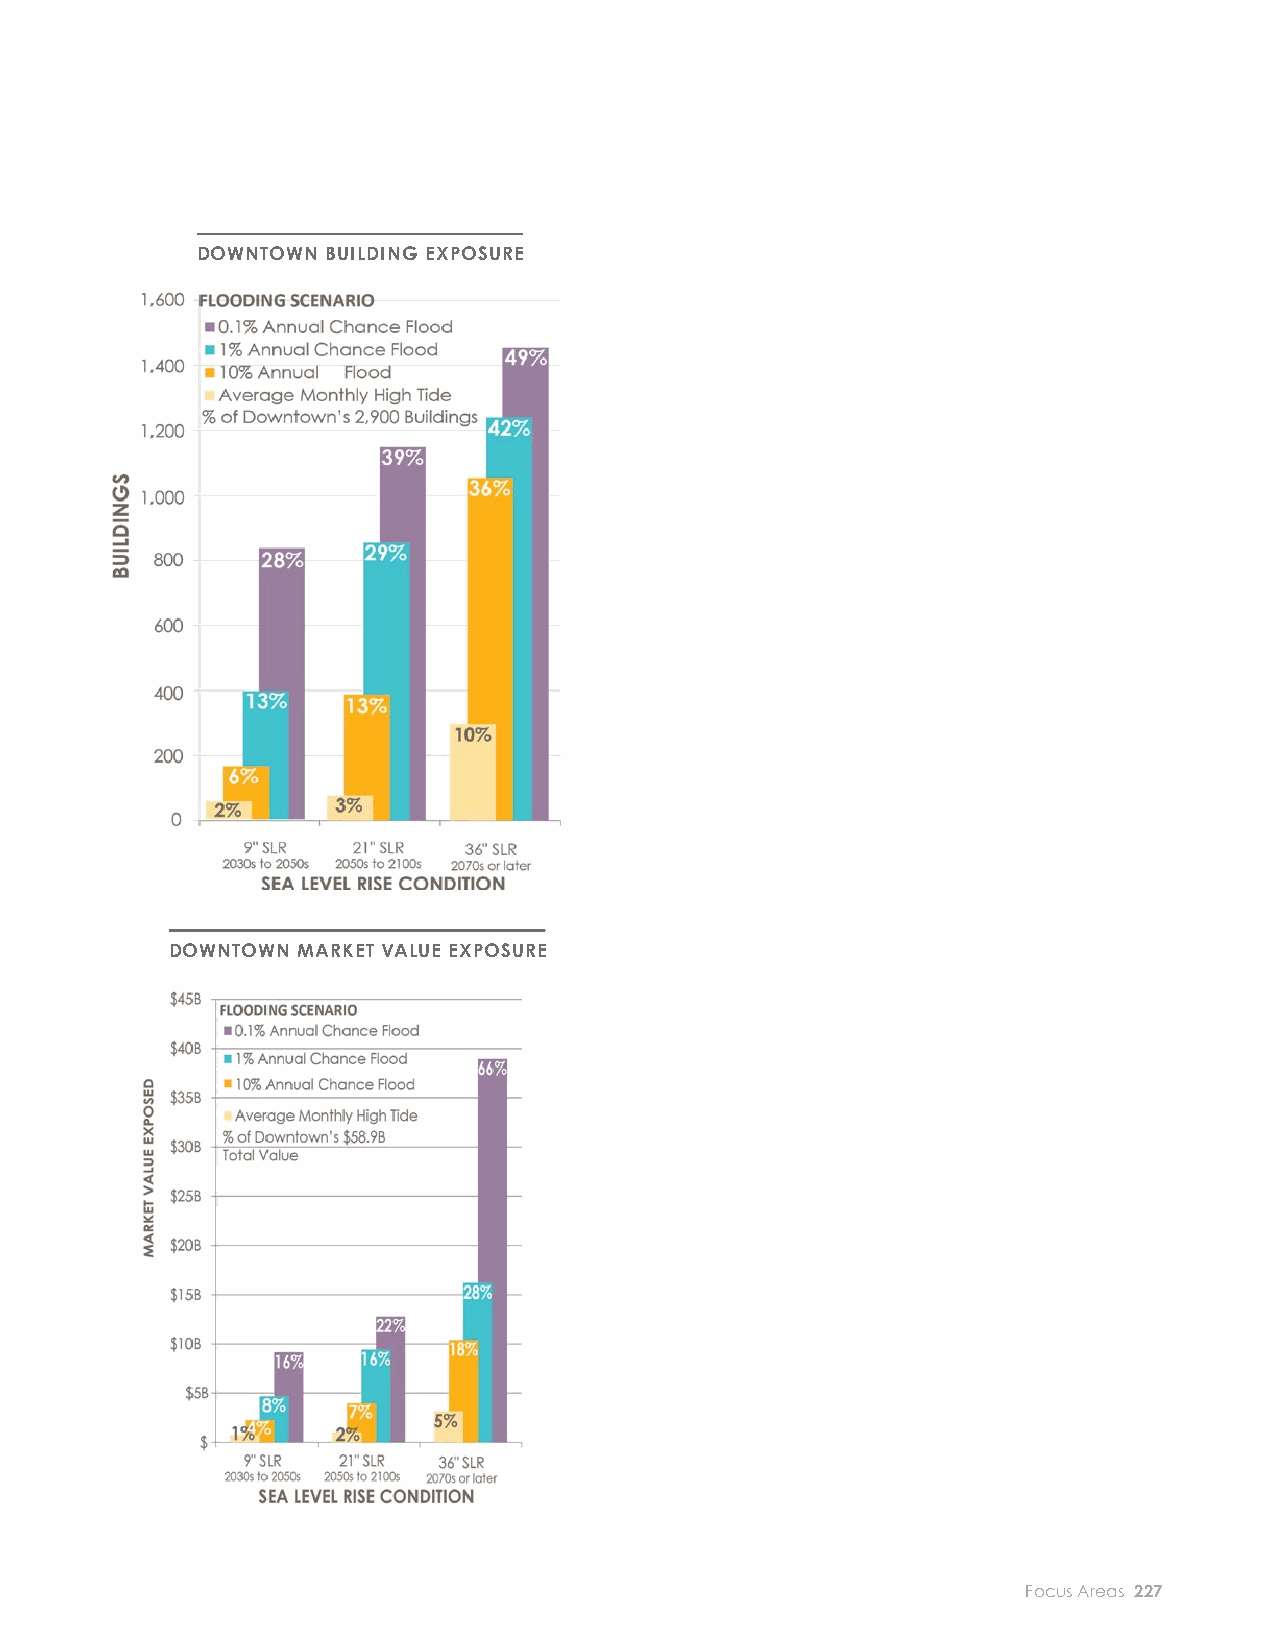
EXPOSURE AND CONSEQUENCES
 BUILDINGS AND ECONOMY
 RISK TO BUILDINGS South Boston for the same event. Downtown has DOWNTOWN BUILDING EXPOSURE
 390 structures exposed to fl ooding during a low-
 In the near term, Downtown is expected to have
 probability fl ood event (1 percent annual chance),
 approximately 60 structures exposed to fl ooding
 behind only East Boston and South Boston.
 during monthly high tides—the largest number
 of exposed structures, ahead of Charlestown and In the late century, Downtown is expected to have
 East Boston. Downtown has more than double 300 structures exposed during monthly high tides,
 the current real estate market value exposed to fi ve times as many as in the near term, and 1,240
 monthly high-tide fl ooding compared to any structures exposed to fl ooding during a low-
 other focus area in Boston. However, Downtown’s probability fl ood event (1 percent annual chance),
 near-term high-tide exposure is concentrated in more than 35 times as many as in the near term.
 a relatively small area—17 acres, compared to 90 Roughly 25 percent of the structures exposed to
 acres in Dorchester. Mixed-use and residential uses the 1 percent annual chance event are commercial,
 together account for approximately 70 percent of roughly 35 percent are mixed-use, and roughly
 the real estate market value exposed. 30 percent are residential. Land acreage exposed
 in Downtown is relatively low when compared
 Additionally, low-probability coastal fl ood events
 to other high-exposure neighborhoods under
 in the near term lead to an exposed market value
 all fl ood scenarios. For example, the Downtown
 in Downtown that is roughly half of that for
 land area exposed to high-tide fl ooding late in the
 century is roughly 20 percent of acres exposed
 Expected annualized losses
 in South Boston and only 15 percent the exposed DOWNTOWN MARKET VALUE EXPOSURE
 for Downtown make up about
 area in East Boston. This speaks to the high
 one-third of all those expected concentration of structures in Downtown Boston.
 citywide in the near term and A detailed evaluation would need to be conducted
 to determine whether waterfront shoreline
 over 20 percent of all expected
 protections or building-level adaptations would
 citywide losses toward the end
 have a greater eff ect on reducing loss in this area
 of the century.
 over the near and long term.
 226 City of Boston: Climate Ready Boston                            Focus Areas 227